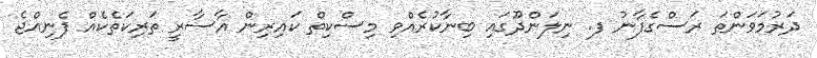
ދަރުމަވަންތަ ރަސްގެފާނު ފ. ނިލަންދޫގައި ބިނާކުރެއްވި މިސްކިތް ކައިރިން އާސާރީ ތަރިކަތެކެއް ފެނިއްޖެ